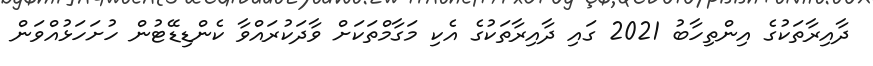
ދާއިރާތަކުގެ އިންތިހާބު 2021 ގައި ދާއިރާތަކުގެ އެކި މަގާމްތަކަށް ވާދަކުރައްވާ ކެންޑިޑޭޓުން ހުށަހަޅުއްވަން